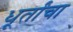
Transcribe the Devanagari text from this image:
धूर्तांचा